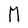
Character: M